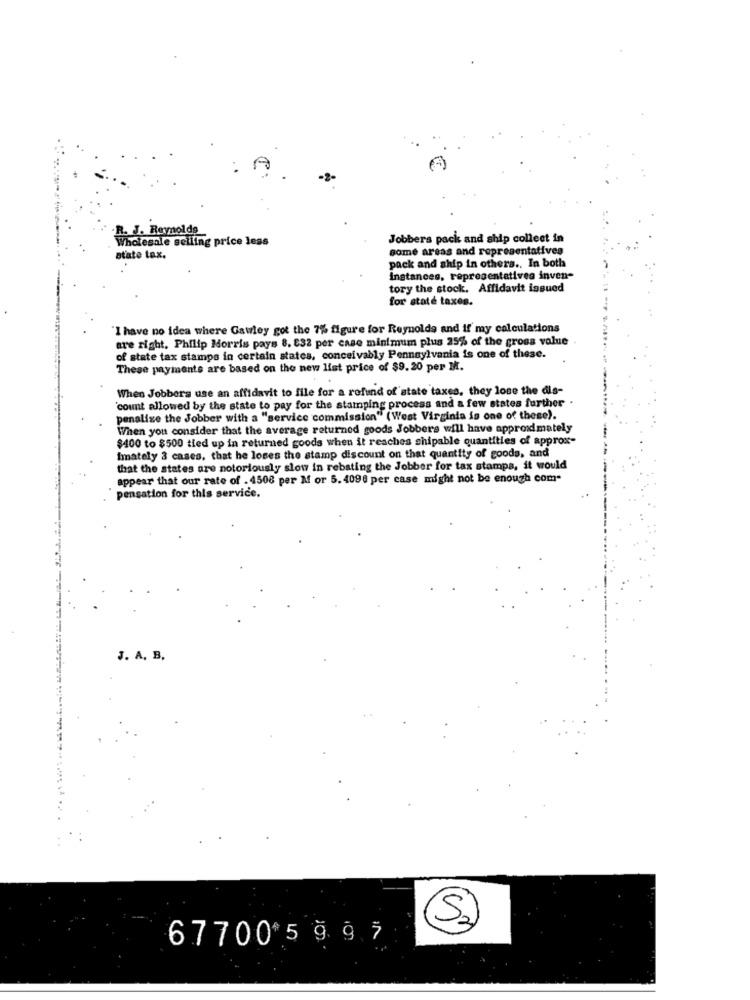
R.J. Reynolds
holesale selling price less
Jobbers pack and ship collect in
some areas and representatives
state tax.
pack and ship in others ., In both
instances, representatives inven-
tory the stock. Affidavit issued
for state taxes.
"I have no idea where Gawley got the 7% figure for Reynolds and if my calculations
are right. Philip Morris pays 8. 832 per case minimum plus 25% of the gross value
of state tax stamps in certain states, conceivably Pennsylvania is one of these.
These payments are based on the new list price of $9. 20 per M.
When Jobbers use an affidavit to file for a refund of state taxes, they lose the dis-
"count allowed by the state to pay for the stamping process and a few states further
penalize the Jobber with a "service commission" (West Virginia is one of these).
When you consider that the average returned goods Jobbers will have approximately
$400 to $500 tied up in returned goods when it reaches shipable quantities of approx-
Imately 3 cases, that he loses the stamp discount on that quantity of goods, and
that the states are notoriously slow in rebating the Jobber for tax stampa, it would
appear that our rate of . 4508 per M or 5. 4098 per case might not be enough com.
pensation for this service.
J. A. B.
67700 5 9 9 7